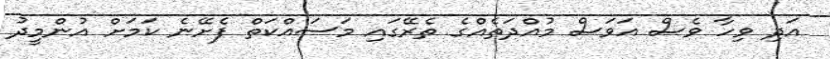
އަދި ވިހާ ވެސް އަވަސް މުއްދަތެއްގެ ތެރޭގައި މަސައްކަތް ފެށޭނެ ކަމަށް އުންމީދު